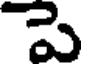
పె